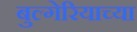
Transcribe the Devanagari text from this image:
बुल्गेरियाच्या